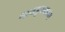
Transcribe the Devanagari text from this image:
नायडूपक्कम